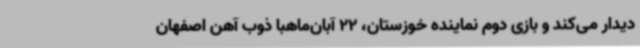
دیدار می‌کند و بازی دوم نماینده خوزستان، 22 آبان‌ماهبا ذوب آهن اصفهان